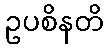
ဥပစိနတိ